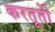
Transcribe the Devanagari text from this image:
करतूतोें